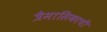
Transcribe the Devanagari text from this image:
त्रैमासिकाची